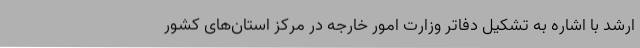
ارشد با اشاره به تشکیل دفاتر وزارت امور خارجه در مرکز استان‌های کشور